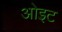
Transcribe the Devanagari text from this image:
ओइट